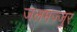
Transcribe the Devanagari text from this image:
जलमज्जुर